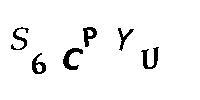
S6CPYU